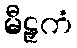
မီဠှကံ